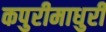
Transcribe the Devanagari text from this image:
कपुरीमाधुरी